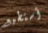
أستطيع